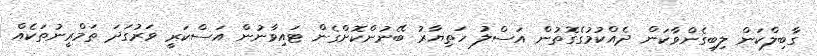
ގާބިލްކަން ލިބިގެންވާކަން ދެއްކުމުގެގޮތުން އަސްލު ހަތިޔާރު ބޭނުންކޮށްގެން ޓައިވާނުން އަސްކަރީ ވަރުގަދަ ތަމްރީނުތަކެއް